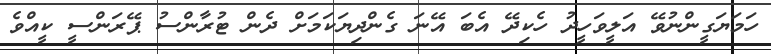
ހަމަޔަގީންނުވޭ އަލީވަހީދު ހެކިދޭ އެބަ އޭނަ ގެންދިޔަކަމަށް ދެން ޓުރާންސު ޕޭރަންސީ ކީއްވެ